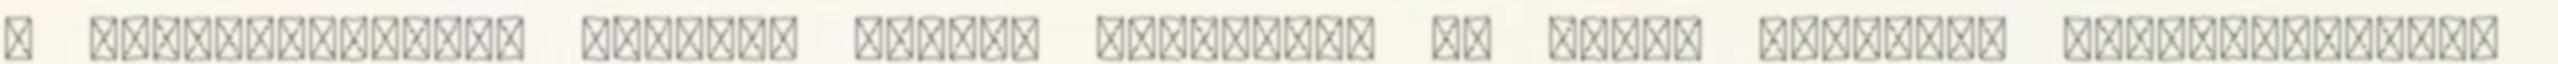
A Rumpelkomboból viszont klipet követelek Az előző hónapban tisztességesen